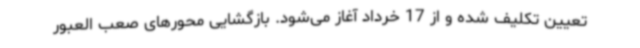
تعیین تکلیف شده و از 17 خرداد آغاز می‌شود. بازگشایی محورهای صعب العبور